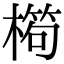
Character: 𣙱